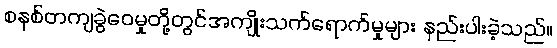
စနစ်တကျခွဲဝေမှုတို့တွင်အကျိုးသက်ရောက်မှုများ နည်းပါးခဲ့သည်။